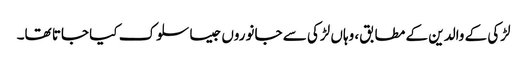
لڑکی کے والدین کے مطابق، وہاں لڑکی سے جانوروں جیسا سلوک کیا جاتا تھا۔